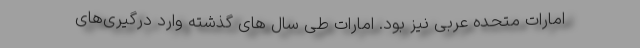
امارات متحده عربی نیز بود. امارات طی سال های گذشته وارد درگیری‌های